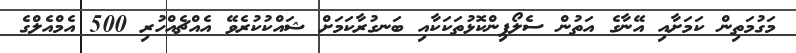
މަގުމަތިން ކަމަށާއި އޭނާގެ އަތުން ސެލޯފިންކޮޅުތަކަކާއި ބަނގުރާކަމަށް ޝައްކުކުރެވޭ އެއްޗެއްހުރި 500 އެމްއެލްގެ